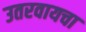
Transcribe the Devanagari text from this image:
उतरवायचा